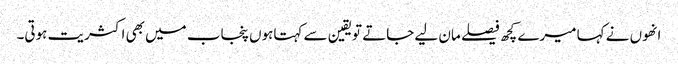
انھوں نے کہا میرے کچھ فیصلے مان لیے جاتے تویقین سے کہتاہوں پنجاب میں بھی اکثریت ہوتی۔